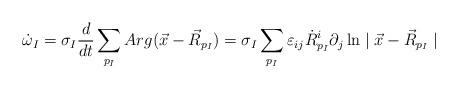
LaTeX: \begin{align*} \dot{\omega}_{I}= \sigma_{I}\frac{d}{dt}\sum_{p_{I}}Arg(\vec{x}-\vec{R}_{p_{I}})= \sigma_{I}\sum_{p_{I}}\varepsilon_{ij}\dot{R}^{i}_{p_{I}} \partial_{j}\ln\mid\vec{x}-\vec{R}_{p_{I}}\mid \;\;\end{align*}